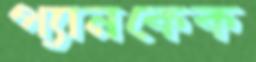
প্যানকেক